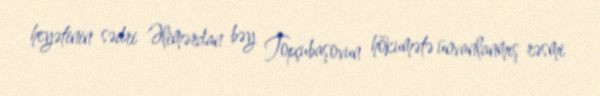
heyətinin sədri Əlimərdan bəy Topçubaşovun hökumətə ünvanlanmış rəsmi